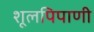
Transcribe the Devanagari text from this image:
शूलपिपाणी